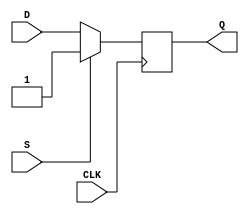
module dff(
  input D,
  input CLK,
  input S,
  output reg Q
);

always @(posedge CLK) begin
  if (S) begin
    Q <= 1; // set output Q to high
  end else begin
    Q <= D; // store the value of D
  end
end

endmodule